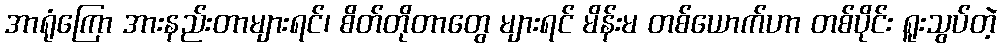
အာရုံကြော အားနည်းတာများရင်၊ စိတ်တိုတာတွေ များရင် မိန်းမ တစ်ယောက်ဟာ တစ်ပိုင်း ရူးသွပ်တဲ့